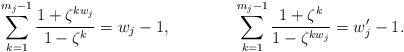
\begin{align*}\sum_{k=1}^{m_j-1} \frac{1+\zeta^{kw_j}}{1-\zeta^k} &= w_j-1, & \sum_{k=1}^{m_j-1} \frac{1+\zeta^{k}}{1-\zeta^{kw_j}} &= w'_j - 1.\end{align*}